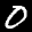
Label: 0